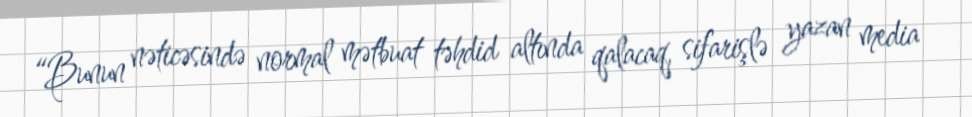
“Bunun nəticəsində normal mətbuat təhdid altında qalacaq, sifarişlə yazan media